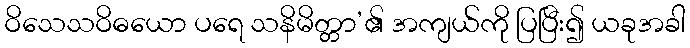
ဝိသေသဝိဓယော ပရေ သနိမိတ္တာ’၏ အကျယ်ကို ပြပြီး၍ ယခုအခါ